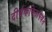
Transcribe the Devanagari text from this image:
दीर्घकवितांपर्यंत